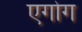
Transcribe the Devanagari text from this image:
एगोग